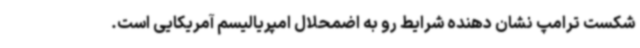
شکست ترامپ نشان دهنده شرایط رو به اضمحلال امپریالیسم آمریکایی است.